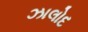
ઝાલોદ